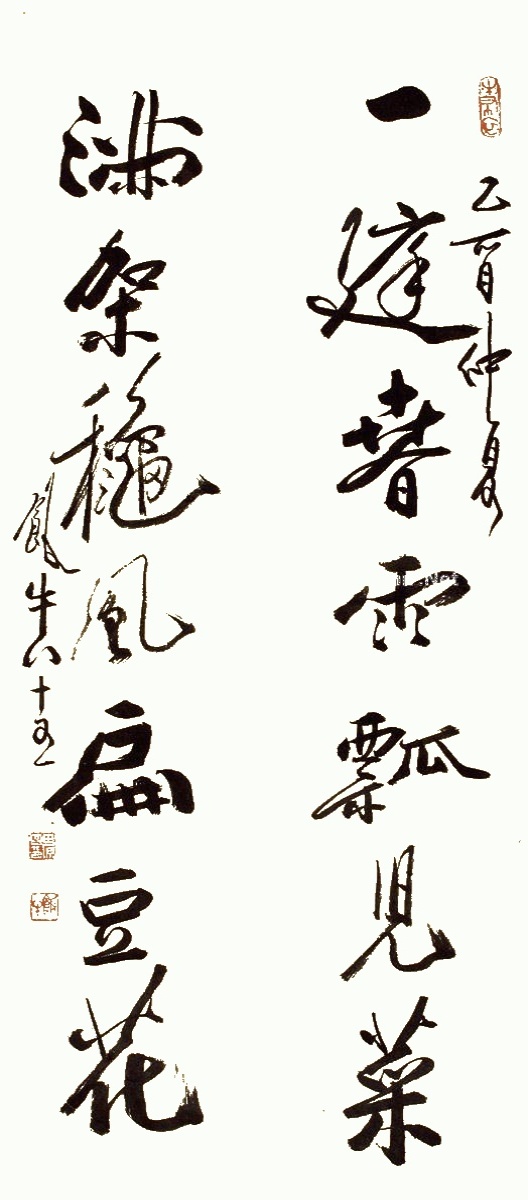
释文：一庭春雨瓢见菜，满架秋风扁豆花。乙酉仲夏，饭牛八十又一。